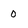
Character: 0